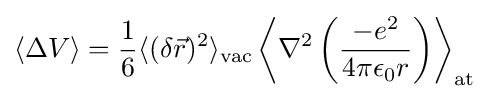
\langle \Delta V\rangle ={\frac {1}{6}}\langle (\delta {\vec {r}})^{2}\rangle _{\rm {vac}}\left\langle \nabla ^{2}\left({\frac {-e^{2}}{4\pi \epsilon _{0}r}}\right)\right\rangle _{\rm {at}}